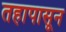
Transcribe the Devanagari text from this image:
तहापासून